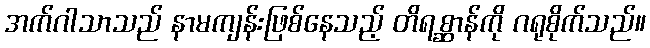
အက်ဂါသာသည် နာမကျန်းဖြစ်နေသည့် တိရစ္ဆာန်ကို ဂရုစိုက်သည်။